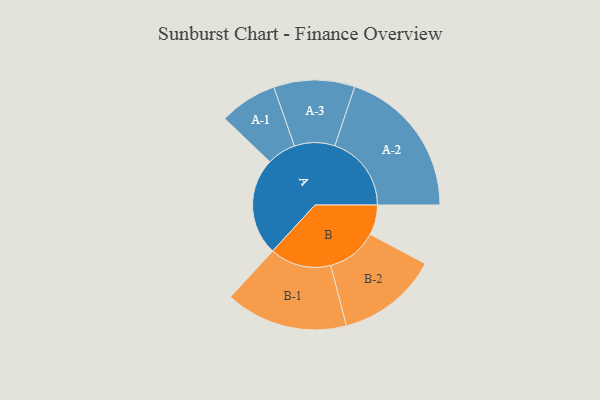
{"axis": {"x": "Segment", "y": "Value"}, "legend": ["", "A", "B"], "data": [{"x": "A", "y": 371, "type": ""}, {"x": "B", "y": 114, "type": ""}, {"x": "A-1", "y": 110, "type": "A"}, {"x": "A-2", "y": 291, "type": "A"}, {"x": "A-3", "y": 154, "type": "A"}, {"x": "B-1", "y": 233, "type": "B"}, {"x": "B-2", "y": 193, "type": "B"}]}